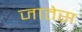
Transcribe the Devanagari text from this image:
जातेस